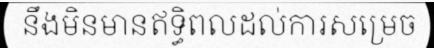
នឹងមិនមានឥទ្ធិពលដល់ការសម្រេច